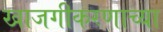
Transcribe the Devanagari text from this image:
खाजगीकरणाच्या